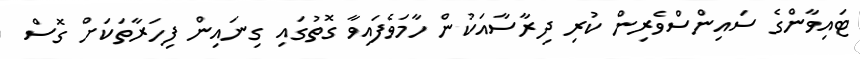
ޓައިވާންގެ ސައިންސްވެރިން ކުރި ދިރާސާއަކުން ހާމަވެފައިވާ ގޮތުގައި ގިނައިން ފިހަރާތަކަށް ގޮސް